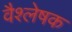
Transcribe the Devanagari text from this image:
वैश्लेषक